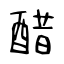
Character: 醋